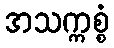
အသက္ကစ္စံ